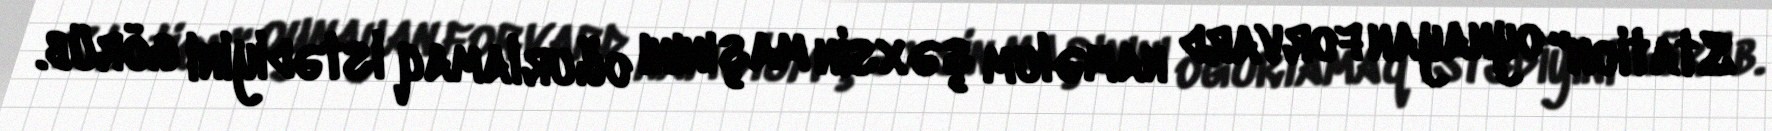
Station" oynayan forvard naməlum şəxsin maşınını oğurlamaq istədiyini görüb.